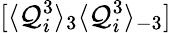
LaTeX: [\langle\mathcal{Q}_{i}^{3}\rangle_{3}\langle\mathcal{Q}_{i}^{3}\rangle_{-3}]